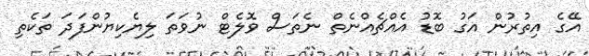
އޭގެ އިތުރުން އަގު ބޮޑު އެއްޗެއްނެތް ނެތަސް ވޮލެޓް ނުވަތަ ލިޔެކިޔުންފަދަ ތަކެތި